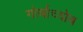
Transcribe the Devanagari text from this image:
गोर्बाच्योब